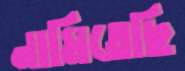
নামিতেছি